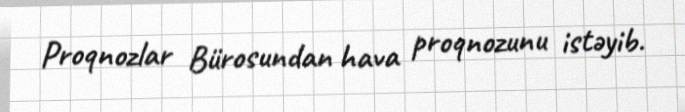
Proqnozlar Bürosundan hava proqnozunu istəyib.